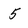
Character: 5